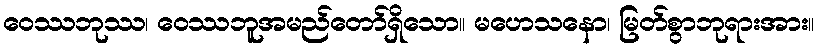
ဝေဿဘုဿ၊ ဝေဿဘူအမည်တော်ရှိသော။ မဟေသနော၊ မြတ်စွာဘုရားအား။